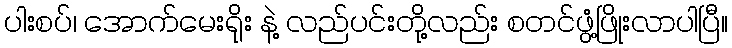
ပါးစပ်၊ အောက်မေးရိုး နဲ့ လည်ပင်းတို့လည်း စတင်ဖွံ့ဖြိုးလာပါပြီ။